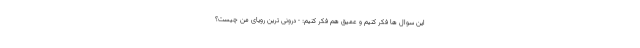
این سوال ها فکر کنیم و عمیق هم فکر کنیم: - درونی ترین رویای من چیست؟